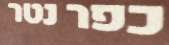
כפר נטר